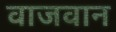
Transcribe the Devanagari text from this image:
वाजवान